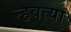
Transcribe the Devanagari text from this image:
न्हवत्या